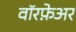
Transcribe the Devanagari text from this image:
वॉरफ़ेअर